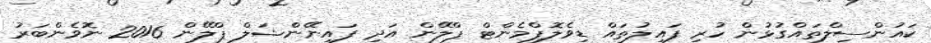
ކައުންސިލްތައްގުޅުން ހުރި ފައިލުތައް ޑިވެލޮޕްމެންޓް ޕްލޭން އަދި ފައިނޭންޝަލް ޕްލޭން 2016 ނޮވެންބަރު